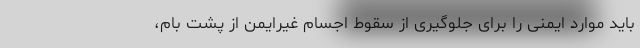
باید موارد ایمنی را برای جلوگیری از سقوط اجسام غیرایمن از پشت بام،